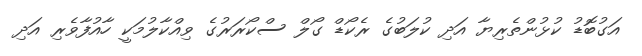
އަގުބޮޑު ކުޅުންތެރިޔާ އަދި ކުލަބުގެ ރެކޯޑް ގޯލް ސްކޯރަރުގެ ވިއްކާލުމަކީ ހާއުފާވެރި އަދި